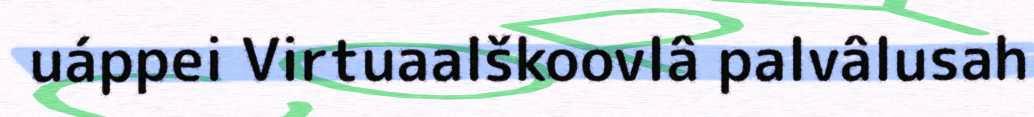
uáppei Virtuaalškoovlâ palvâlusah